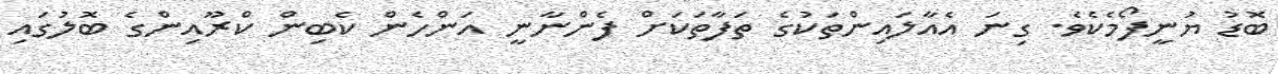
ބޮޑު ޔުނީފޯމެކެވެ. ގިނަ އެއާލައިންތަކުގެ ތަފާތަކަށް ފެންނާނީ އަންހެން ކެބިން ކްރޫއިންގެ ބޮލުގައި